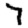
Digit: 7